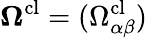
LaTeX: \boldsymbol{\Omega}^{\mathrm{cl}}=(\Omega_{\alpha\beta}^{\mathrm{cl}})